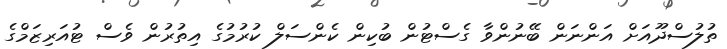
ތުލުސްދޫއަށް އަންނަން ބޭނުންވާ ގެސްޓުން ބުކިން ކެންސަލް ކުރުމުގެ އިތުރުން ވެސް ޓުއަރިޒަމްގެ